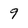
Character: 9